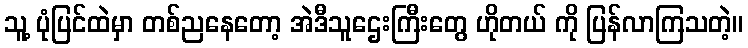
သူ့ ပုံပြင်ထဲမှာ တစ်ညနေတော့ အဲဒီသူဌေးကြီးတွေ ဟိုတယ် ကို ပြန်လာကြသတဲ့။